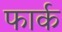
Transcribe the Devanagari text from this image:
फार्क